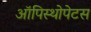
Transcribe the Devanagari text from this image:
ऑपिस्थोपेटस